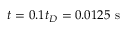
t = 0 . 1 t _ { D } = 0 . 0 1 2 5 \mathrm { ~ s ~ }